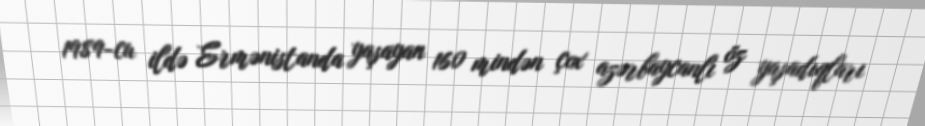
1989-cu ildə Ermənistanda yaşayan 160 mindən çox azərbaycanlı öz yaşadıqları